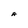
Character: A